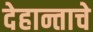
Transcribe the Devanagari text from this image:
देहान्ताचे